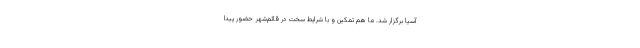
آسیا برگزار شد. ما هم تمکین و با شرایط سخت در قائم‌شهر حضور پیدا